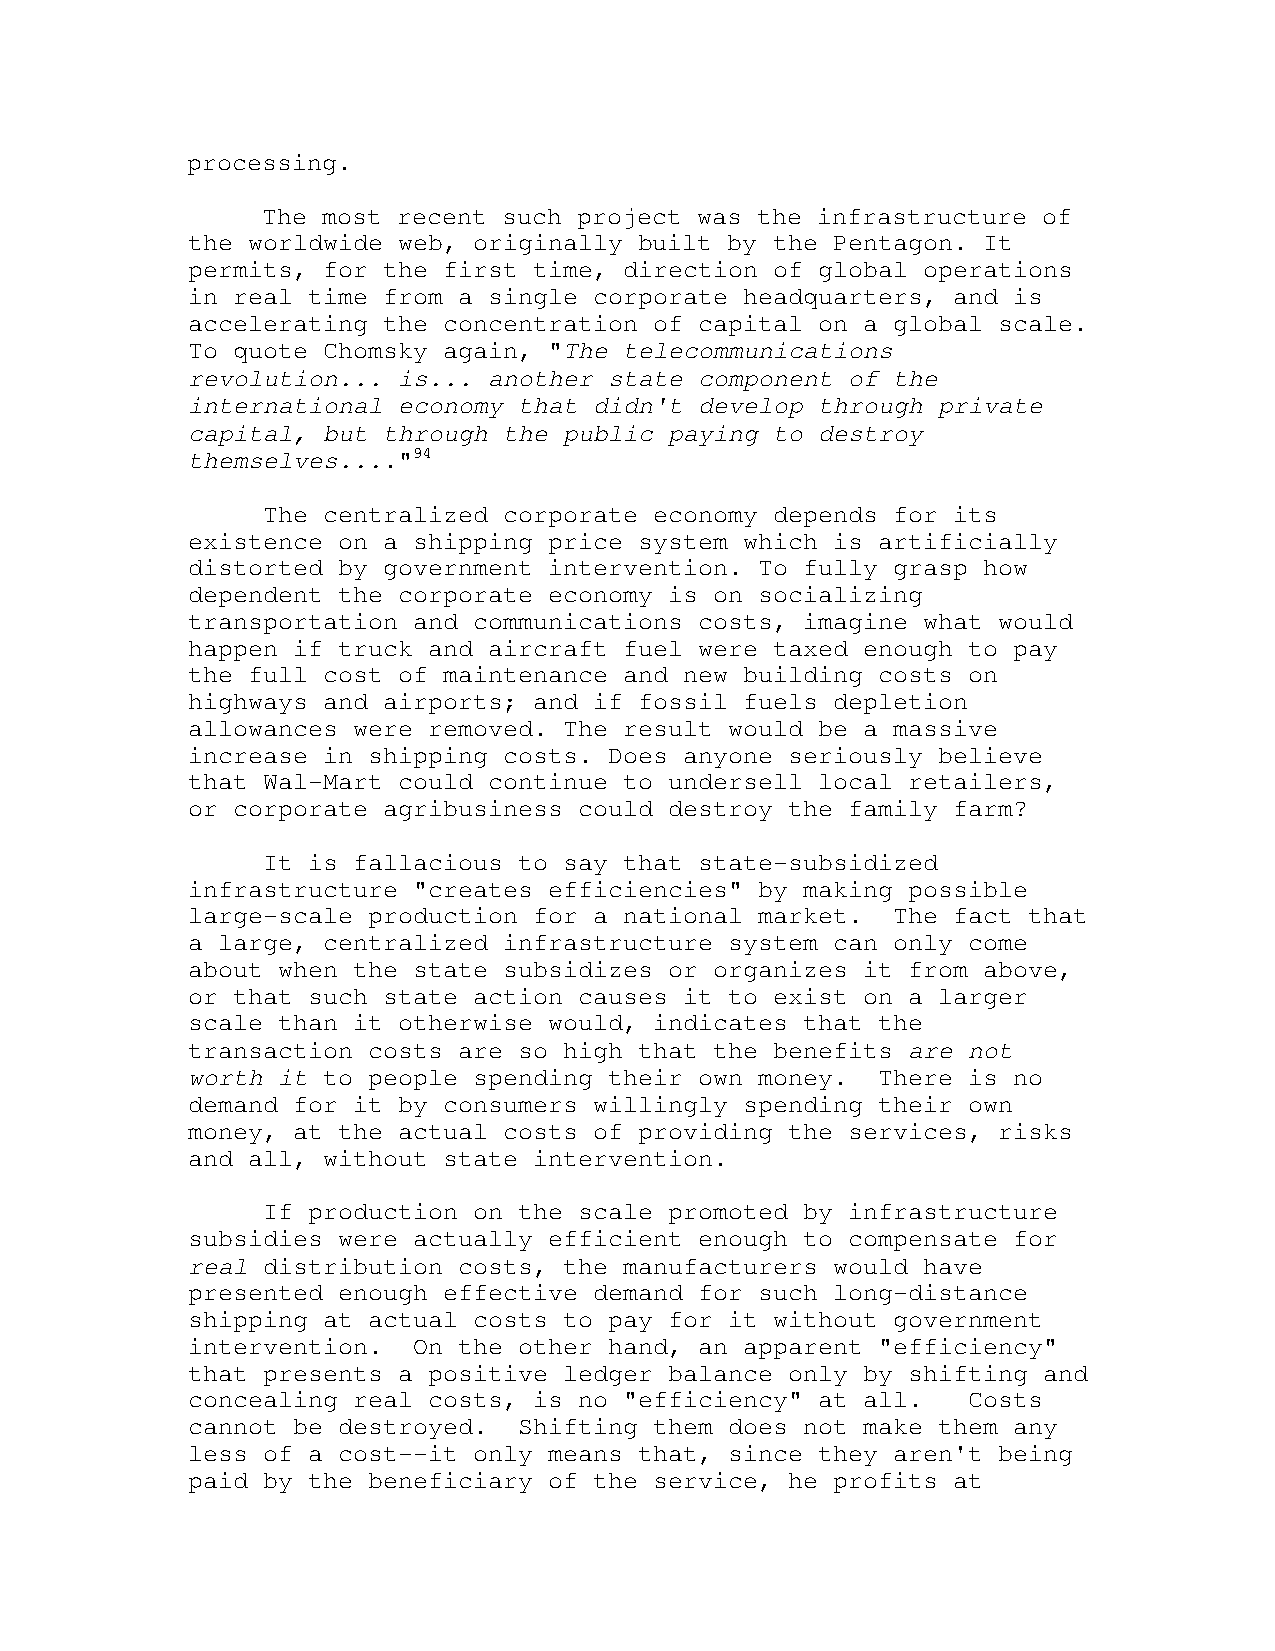
processing.
 The most recent such project was the infrastructure of
 the worldwide web, originally built by the Pentagon. It
 permits, for the first time, direction of global operations
 in real time from a single corporate headquarters, and is
 accelerating the concentration of capital on a global scale.
 To quote Chomsky again, "The telecommunications
 revolution... is... another state component of the
 international economy that didn't develop through private
 capital, but through the public paying to destroy
 themselves...."94
 The centralized corporate economy depends for its
 existence on a shipping price system which is artificially
 distorted by government intervention. To fully grasp how
 dependent the corporate economy is on socializing
 transportation and communications costs, imagine what would
 happen if truck and aircraft fuel were taxed enough to pay
 the full cost of maintenance and new building costs on
 highways and airports; and if fossil fuels depletion
 allowances were removed. The result would be a massive
 increase in shipping costs. Does anyone seriously believe
 that Wal-Mart could continue to undersell local retailers,
 or corporate agribusiness could destroy the family farm?
 It is fallacious to say that state-subsidized
 infrastructure "creates efficiencies" by making possible
 large-scale production for a national market.  The fact that
 a large, centralized infrastructure system can only come
 about when the state subsidizes or organizes it from above,
 or that such state action causes it to exist on a larger
 scale than it otherwise would, indicates that the
 transaction costs are so high that the benefits are not
 worth it to people spending their own money.  There is no
 demand for it by consumers willingly spending their own
 money, at the actual costs of providing the services, risks
 and all, without state intervention.
 If production on the scale promoted by infrastructure
 subsidies were actually efficient enough to compensate for
 real distribution costs, the manufacturers would have
 presented enough effective demand for such long-distance
 shipping at actual costs to pay for it without government
 intervention.  On the other hand, an apparent "efficiency"
 that presents a positive ledger balance only by shifting and
 concealing real costs, is no "efficiency" at all.   Costs
 cannot be destroyed.  Shifting them does not make them any
 less of a cost--it only means that, since they aren't being
 paid by the beneficiary of the service, he profits at